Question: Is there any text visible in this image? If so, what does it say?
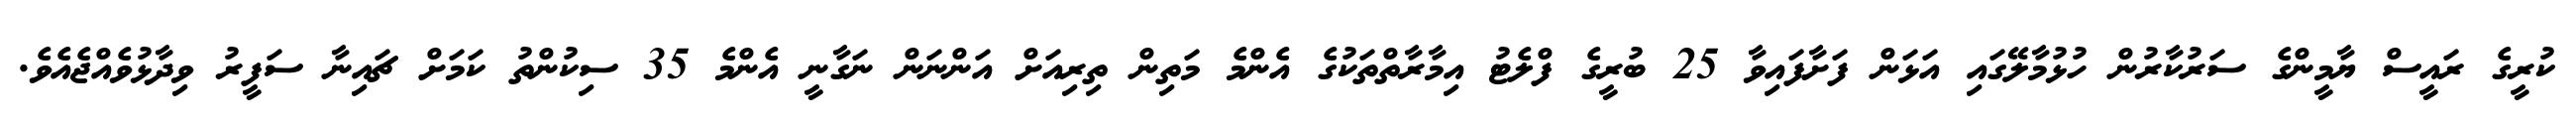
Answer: ކުރީގެ ރައީސް ޔާމީންގެ ސަރުކާރުން ހުޅުމާލޭގައި އަޅަން ފަށާފައިވާ 25 ބުރީގެ ފްލެޓު އިމާރާތްތަކުގެ އެންމެ މަތިން ތިރިއަށް އަންނަން ނަގާނީ އެންމެ 35 ސިކުންތު ކަމަށް ޗައިނާ ސަފީރު ވިދާޅުވެއްޖެއެވެ.